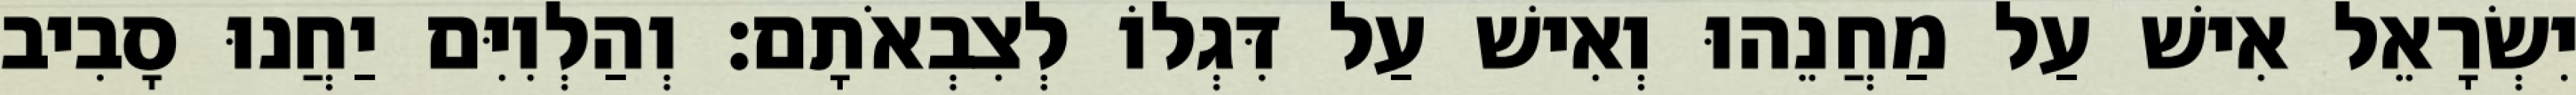
יִשְׂרָאֵל אִישׁ עַל מַחֲנֵהוּ וְאִישׁ עַל דִּגְלוֹ לְצִבְאֹתָם׃ וְהַלְוִיִּם יַחֲנוּ סָבִיב